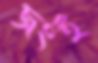
জংই